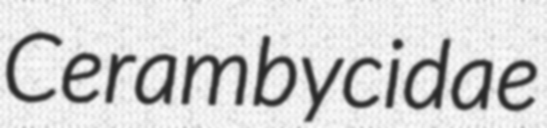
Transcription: Cerambycidae